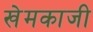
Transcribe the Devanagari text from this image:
खेमकाजी